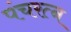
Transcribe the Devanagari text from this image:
पंचरत्‍न